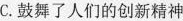
C.鼓舞了人的创新精神